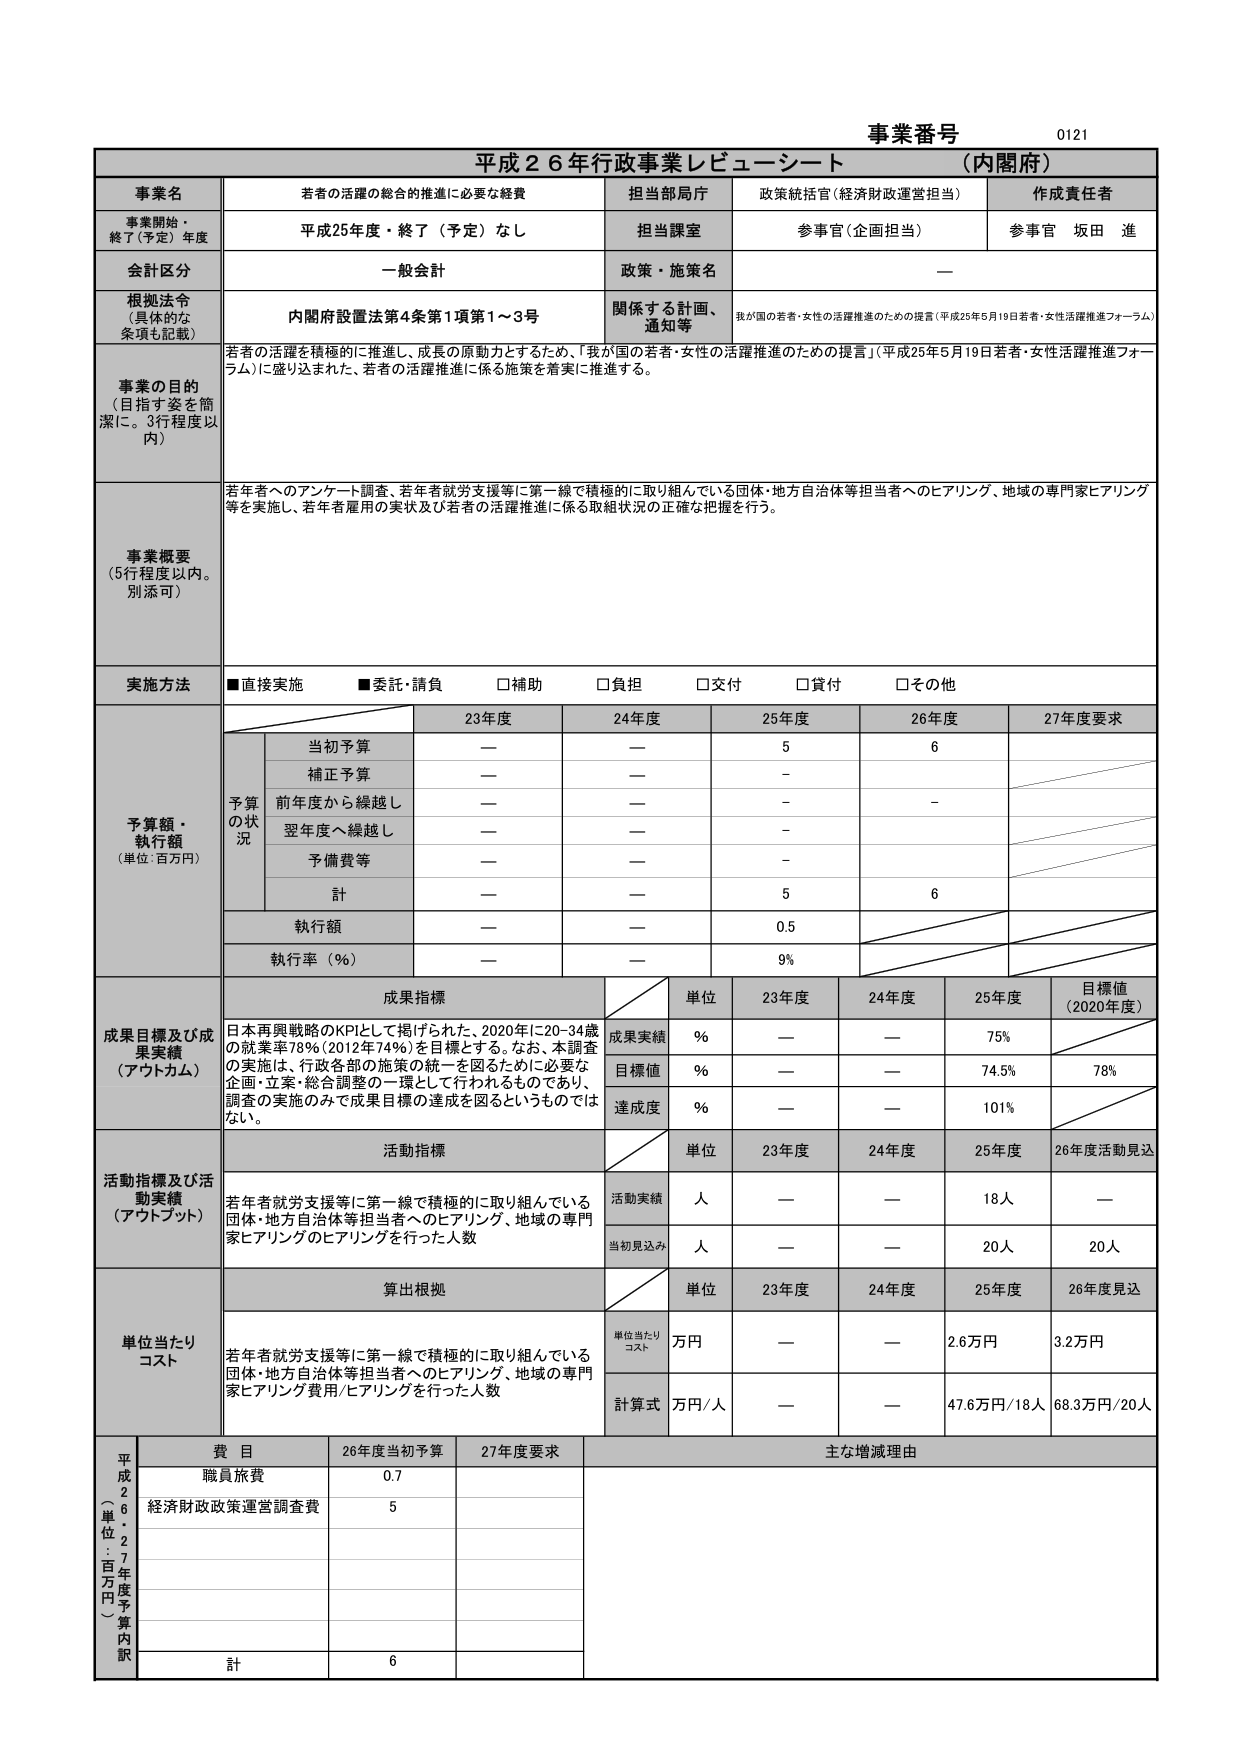
事業番号 0121
平成26年行政事業レビューーシート（内閣府）

事業名：若者の活躍の総合的推進に必要な経費
担当部局庁：政策統括官（経済財政運営担当）
作成責任者：参事官 坂田 進

事業開始・終了（予定）年度：平成25年度・終了（予定）なし
担当課室：参事官（企画担当）

会計区分：一般会計
政策・施策名：ー

根拠法令（具体的な条項も記載）：内閣府設置法第4条第1項第1～3号
関係する計画、通知等：我が国の若者・女性の活躍推進のための提言（平成25年5月19日若者・女性活躍推進フォーラム）

事業の目的（目指す姿を簡潔に。3行程度以内）：
若者の活躍を積極的に推進し、成長の原動力とするため、「我が国の若者・女性の活躍推進のための提言」（平成25年5月19日若者・女性活躍推進フォーラム）に盛り込まれた、若者の活躍推進に係る施策を着実に推進する。

事業概要（5行程度以内。別添可）：
若年者へのアンケート調査、若年者就労支援等に第一線で積極的に取り組んでいる団体・地方自治体等担当者へのヒアリング、地域の専門家にアリング等を実施し、若年者雇用の実状及び若者の活躍推進に係る取組状況の正確な把握を行う。

実施方法：■直接実施 ■委託・請負 □補助 □負担 □交付 □貸付 □その他

予算額・執行額（単位：百万円）
|  | 23年度 | 24年度 | 25年度 | 26年度 | 27年度要求 |
|---|---|---|---|---|---|
| 予算の状況 |  |  |  |  |  |
| 当初予算 | — | — | 5 | 6 |  |
| 補正予算 | — | — | — | — |  |
| 前年度から繰越し | — | — | — | — |  |
| 翌年度へ繰越し | — | — | — | — |  |
| 予備費等 | — | — | — | — |  |
| 計 | — | — | 5 | 6 |  |
| 執行額 | — | — | 0.5 |  |  |
| 執行率（％） | — | — | 9% |  |  |

成果目標及び成果実績（アウトカム）
|  | 単位 | 23年度 | 24年度 | 25年度 | 目標値（2020年度） |
|---|---|---|---|---|---|
| 成果実績 | ％ | — | — | 75% |  |
| 目標値 | ％ | — | — | 74.5% | 78% |
| 達成度 | ％ | — | — | 101% |  |

日本再興戦略のKPIとして掲げられた、2020年に20-34歳の就業率78％（2012年74％）を目標とする。なお、本調査の実施は、行政各部の施策の統一を図るために必要な企画・立案・総合調整の一環として行われるものであり、調査の実施のみで成果目標の達成を図るというものではない。

活動指標及び活動実績（アウトプット）
|  | 単位 | 23年度 | 24年度 | 25年度 | 26年度活動見込 |
|---|---|---|---|---|---|
| 活動実績 | 人 | — | — | 18人 | — |
| 当初見込み | 人 | — | — | 20人 | 20人 |

若年者就労支援等に第一線で積極的に取り組んでいる団体・地方自治体等担当者へのヒアリング、地域の専門家ヒアリングのヒアリングを行った人数

単位当たりコスト
|  | 単位 | 23年度 | 24年度 | 25年度 | 26年度見込 |
|---|---|---|---|---|---|
| 単位当たりコスト | 万円 | — | — | 2.6万円 | 3.2万円 |
| 計算式 | 万円/人 | — | — | 47.6万円/18人 | 68.3万円/20人 |

若年者就労支援等に第一線で積極的に取り組んでいる団体・地方自治体等担当者へのヒアリング、地域の専門家ヒアリング費用/ヒアリングを行った人数

平成26年度予算内訳（単位：百万円）
| 費目 | 26年度当初予算 | 27年度要求 | 主な増減理由 |
|---|---|---|---|
| 職員旅費 | 0.7 |  |  |
| 経済財政政策運営調査費 | 5 |  |  |
| 計 | 6 |  |  |